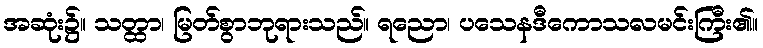
အဆုံး၌။ သတ္ထာ၊ မြတ်စွာဘုရားသည်။ ရညော၊ ပသေနဒီကောသလမင်းကြီး၏။